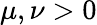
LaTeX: \mu,\nu>0